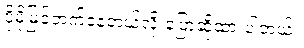
ပိုမိုမြင့်တက်နေတယ်လို့ ပြောဆိုထားပါတယ်။